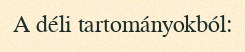
A déli tartományokból: